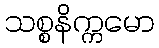
သစ္စနိက္ကမော